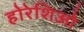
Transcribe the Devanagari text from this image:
होरेशिओ